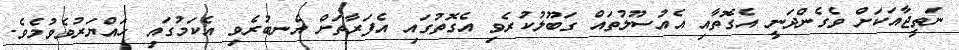
ނަތީޖާއަކަށް ވެގެންދަނީ އެގޮތާއި އެއުސޫލުތައް ގަބޫލުކުރެވި އެގޮތުގައި އެފަރާތަށް އެނބުރެވި އެކަމުގައި ހައްޔަރުވެވުމެވެ.